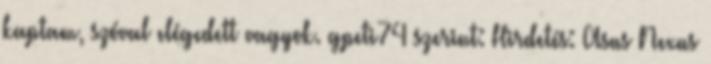
kaptam, szóval elégedett vagyok. gpeti74 szerint: Hirdetés: Asus Nexus